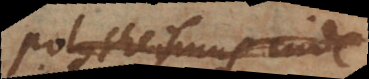
polytheismus inde